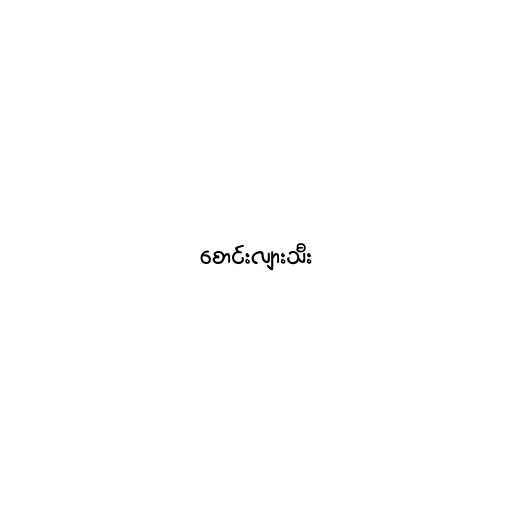
စောင်းလျားသီး